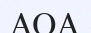
АОА